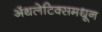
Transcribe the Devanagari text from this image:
ॲथलेटिक्समधून